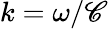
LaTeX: k=\omega/\mathscr{C}